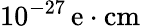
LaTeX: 10^{-27}\, \mathrm{e\cdot cm}